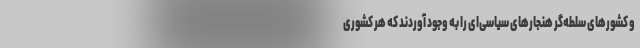
و کشور‌های سلطه‌گر هنجار‌های سیاسی‌ای را به وجود آوردند که هر کشوری